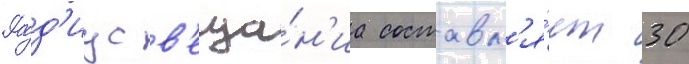
Ра́д'иус в'еща́н'иа составл'я́ет 30